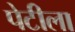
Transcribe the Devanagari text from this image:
पेटीला